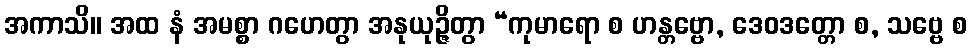
အကာသိ။ အထ နံ အမစ္စာ ဂဟေတွာ အနုယုဉ္ဇိတွာ “ကုမာရော စ ဟန္တဗ္ဗော, ဒေဝဒတ္တော စ, သဗ္ဗေ စ